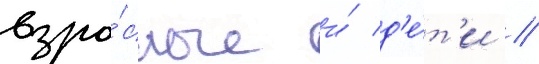
взро́слые и́ д'е́т'и //